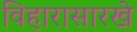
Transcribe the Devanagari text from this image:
विहारासारखे